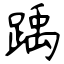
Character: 踽